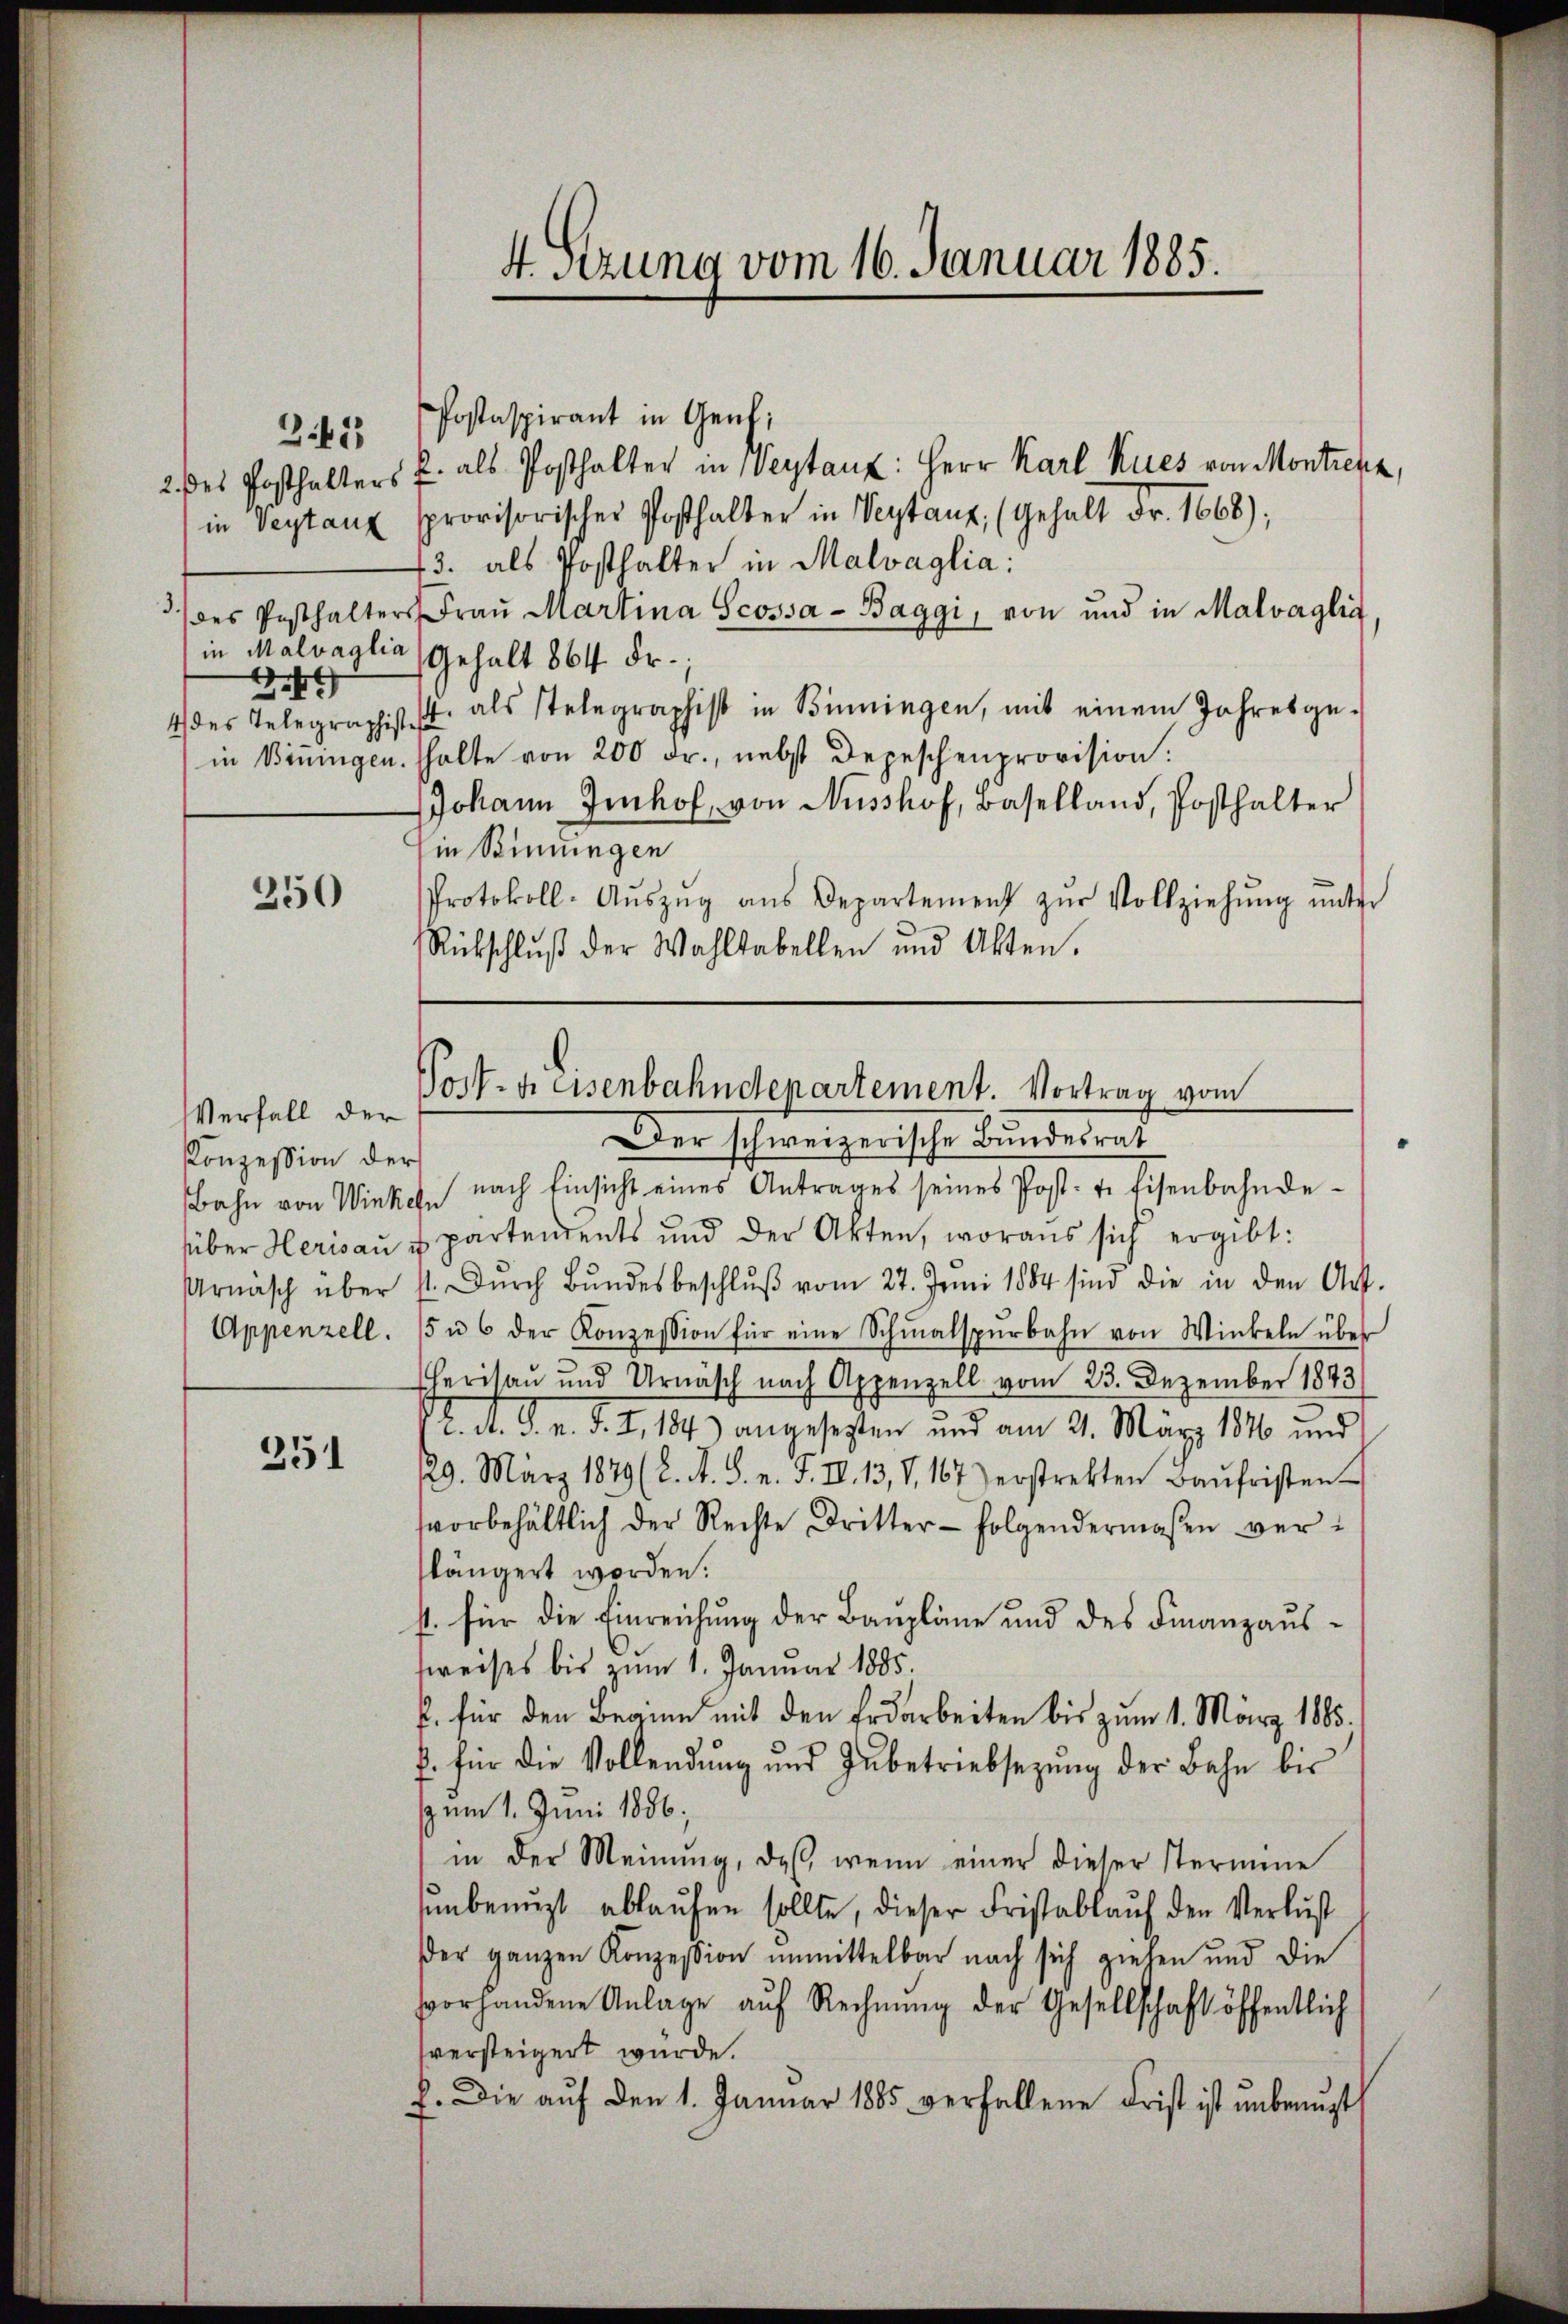
3.
2
4 des Telegraphistes

242

250

Verfall der
Konzession der
über Herisau:
Urnäsch über
Appenzell.

251

Postaspirant in Genf;
2. des Posthalters u. als Posthalter in Vertant: Herr Karl Kues von Montrenz,
in Veytaux provisorischer Posthalter in Vertanz, (Gehalt Fr. 1668);
13. als Posthalter in Malvaglia:
des Posthalters Fraŭ Martina Scossa - Baggi, von und in Malvaglia,
in Malvaglia, Gehalt 864 Fr.
4. als stelegraphist in Benningen, mit einem Jahresge-
in Biningen. halte von 200 Fr., nebst Depeschenprovision.
Johann Jenhof, von Nüsshof, Baselland, Posthalter
in Seinungen
Protokoll-Aŭszŭg aŭs Departement zŭr Vollziehŭng ŭnter
Rückschlŭβ der Wahltabellen und Akten.

4. Sitzung vom 16. Januar 1885.

Post- u. Eisenbahndepartement. Vortrag vom
Der schweizerische Bundesrat
Bahn von Winkel nach Einsicht eines Antrages seines Post- u. Eisenbahnde-

u partendents und der Akten, woraus sich ergibt:
11. Dŭrch Bŭndesbeschlŭβ vom 27. Juni 1884 sind die in den Art.
5 u 6 der Konzession für eine Schmalspurbahn von Winkeln über
Herisau und Urnäsch nach Appenzell vom 23. Dezember 1843
2. d. J. n. F. I, 184) angesetzten und am 21. März 1846 und
129. März 1879 (2. A. S. n. F. IV. 13, 8, 167) erstrekten Baŭfristen
svorbehältlich der Rechte Dritter- folgendermaßen ver-
slängert worden.
s. für die Einreichung der Baupläne und des Finanzaussweises bis zum 1. Januar 1885.
f. für den Beginn mit den Erdarbeiten bis zum 1. März 1885.
f. für die Vollendŭng und Inbetriebsezŭng der Bahn bis
s um 1. Juni 1886.
in der Meinŭng, daß wenn einer dieser Stermine
unbenuzt ablaufen sollte, dieser Fristablauf den Verlust
der ganzen Konzession unmittelbar nach sich gieben und die
fvorhandene Anlage aŭf Rechnŭng der Gesellschaft öffentlich
sversteigert würde.
f. Die aŭf den 1. Januar 1885 verfallene Frist ist ŭnbeaŭft